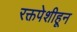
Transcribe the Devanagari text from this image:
रक्तपेशीहून